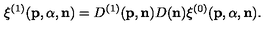
{ \xi } ^ { ( 1 ) } ( { \bf p } , { \alpha } , { \bf n } ) = D ^ { ( 1 ) } ( { \bf p } , { \bf n } ) D ( { \bf n } ) { \xi } ^ { ( 0 ) } ( { \bf p } , { \alpha } , { \bf n } ) .